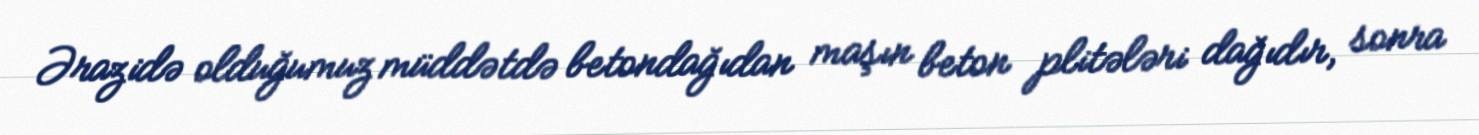
Ərazidə olduğumuz müddətdə betondağıdan maşın beton plitələri dağıdır, sonra